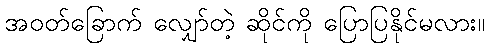
အဝတ်ခြောက် လျှော်တဲ့ ဆိုင်ကို ပြောပြနိုင်မလား။